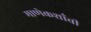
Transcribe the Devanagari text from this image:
माणेकशाँची